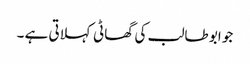
جو ابو طالب کی گھاٹی کہلاتی ہے ۔